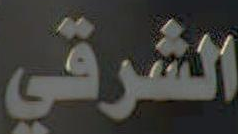
الشرقي